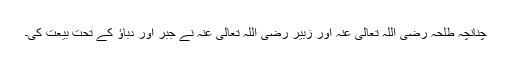
چنانچہ طلحہ رضی اللہ تعالی عنہ اور زبیر رضی اللہ تعالی عنہ نے جبر اور دباؤ کے تحت بیعت کی۔